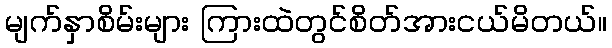
မျက်နှာစိမ်းများ ကြားထဲတွင်စိတ်အားငယ်မိတယ်။